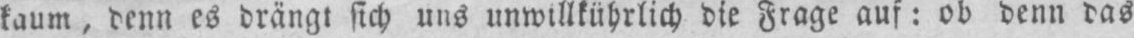
kaum, denn es drängt sich uns unwillkührlich die Frage auf: ob denn das